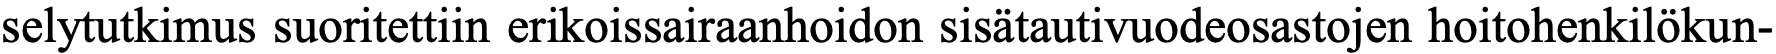
selytutkimus suoritettiin erikoissairaanhoidon sisätautivuodeosastojen hoitohenkilökun-